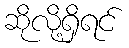
ဆိုလို့ရှိရင်